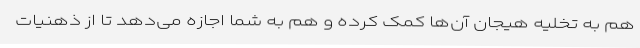
هم به تخلیه هیجان آن‌ها کمک کرده و هم به شما اجازه می‌دهد تا از ذهنیات